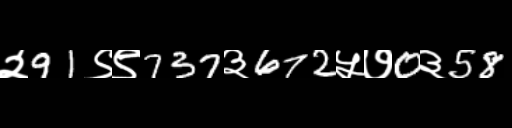
Text: २91९९737३672५७0३58